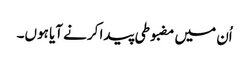
اُن میں مضبوطی پیدا کرنے آیا ہوں۔